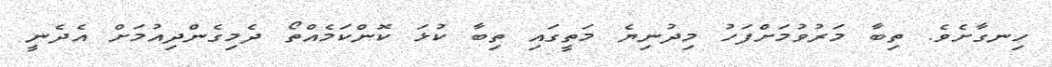
ހިނގާށެވެ. ތިބާ މަރުވުމަށްފަހު މިދުނިޔެ މަތީގައި ތިބާ ކުޅަ ކޮންކަމެއްތޯ ދެމިގެންދިއުމަށް އެދެނީ